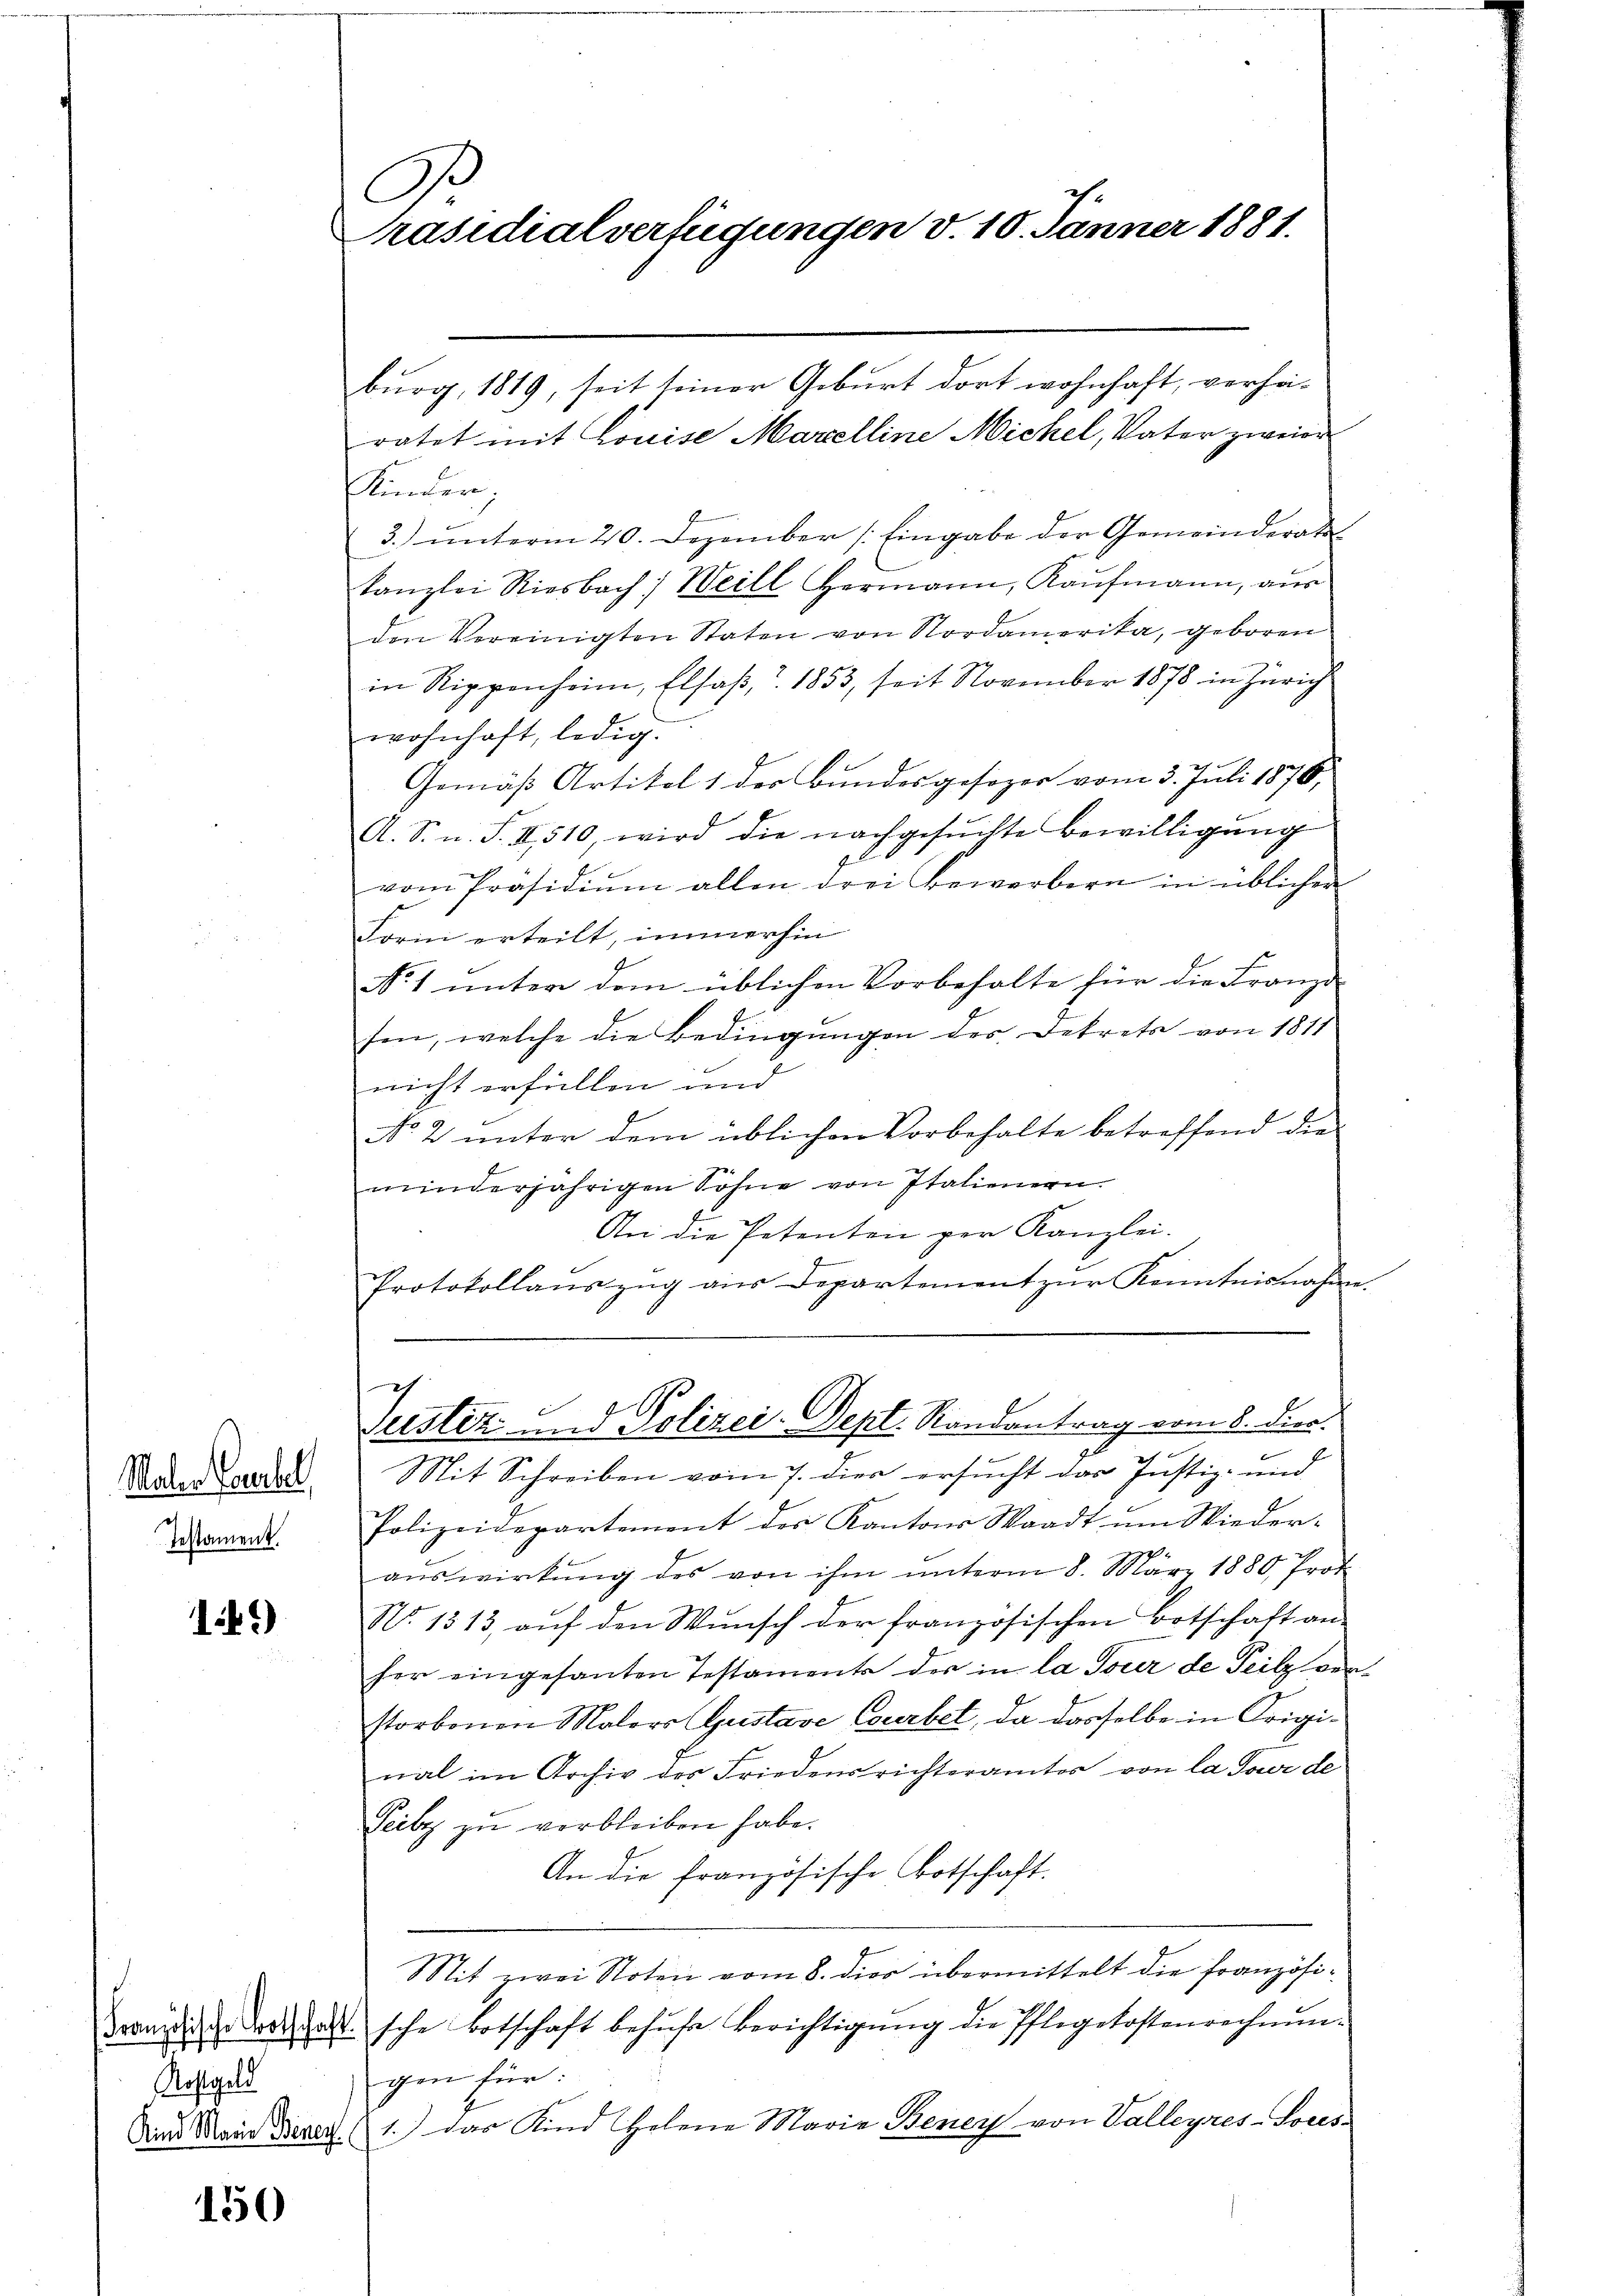
r
Präsidialverfügungen d. 10. Jänner 1881.

burg, 1819, seit seiner Geburt dort wohnhaft, verhei-
ratet mit Louise Marelline Michel, Vater zweier
Kinder,
3. ŭnterm 20. Dezember Eingabe der Gemeinderat
kanzlei Riesbach: Weill Hermann, Kaŭfmann, aus
den Vereinigten Staten von Nordamerika, geboren
in Rippenheim, Elsaβ, r. 1853, seit November 1878 in Zürich
wohnhaft, ledig.
Gemäß Artikel 1 der Bundesgesizer vom 3. Juli 1876,
A. S. n. F. II 510, wird die nachgesŭchte Bewilligŭng
G
vom Präsidiŭm allen drei Bewerbern in üblicher
Form erteilt, immerhin
No. 1 unter dem üblichen Vorbehalte für die Franzi
sen, welche die Bedingŭngen des Dekrets von 1811
nicht erfüllen und
No 2 unter dem üblichen Vorbehalte betreffend die
minderjährigen Sohne von Italienern.
An die Petenten per Kanzlei.
Protokollauszug aus Departement zur Kenntnisnahme.

7
Justiz und Polizei-Dept. Randantrag vom 8. Deca

e
Mit Schreiben vom 7. dies ersucht das Justiz- und

Maler Tabel
Testament.

Polizeidepartement des Kantons Waadt um Wiederaŭswirkŭng des von ihm ŭnterm 8. März 1880 Prot
No. 1313, aŭf den Wŭnsch der französischen Botschaft an-
her eingesanten Testamente der in la Tocer de Teilz ver-
storbenen Malers Gustave Courbet, da dasselbe in Origimal im Archiv des Friedensrichteramtes von la Tour de
Peilz zu verbleiben habe.
An die französische Botschaft.
Mit zwei Noten vom 8. dies übermittelt die französische Botschaft behufe Berichtigung die Pflegekostenrechnungen für:
1.) das Kind Helene Maria Beney von Valleyres-Fores¬

1.)

.
Französische Botschaft
Kostgeld
Kind Marie Benen

150